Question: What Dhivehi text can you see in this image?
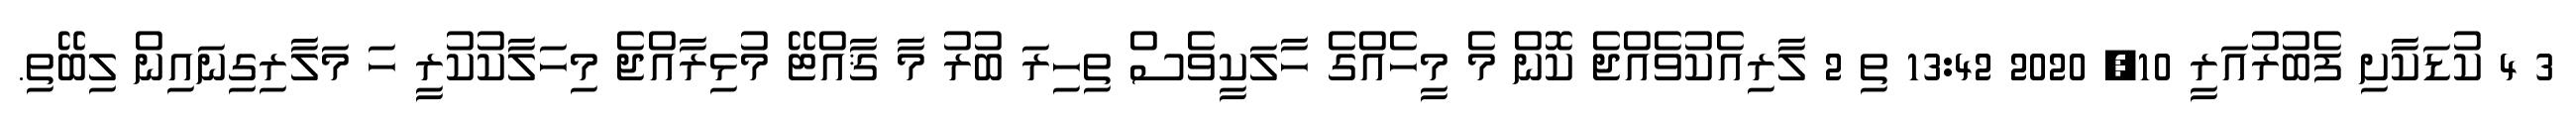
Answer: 3 4 ކުޑަކާށި ފެބުރުއަރީ 10, 2020 13:42 ތި 2 ލާރިއެކުވެއްޖެ ކޮން މެ މީހެއްގެ ހާލަކީވެސް ތިހިރަ ބުރު މާ ޤާއްޓޭ މުޅިރާއްޖެ މިހަލާކުކުރީ ހަ މަލާރިގިނައިން ލިބޭތި.